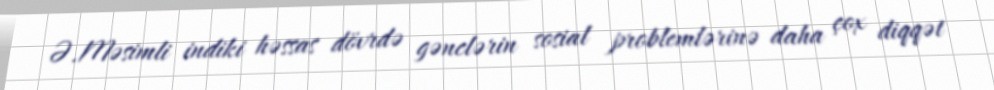
Ə.Məsimli indiki həssas dövrdə gənclərin sosial problemlərinə daha çox diqqət